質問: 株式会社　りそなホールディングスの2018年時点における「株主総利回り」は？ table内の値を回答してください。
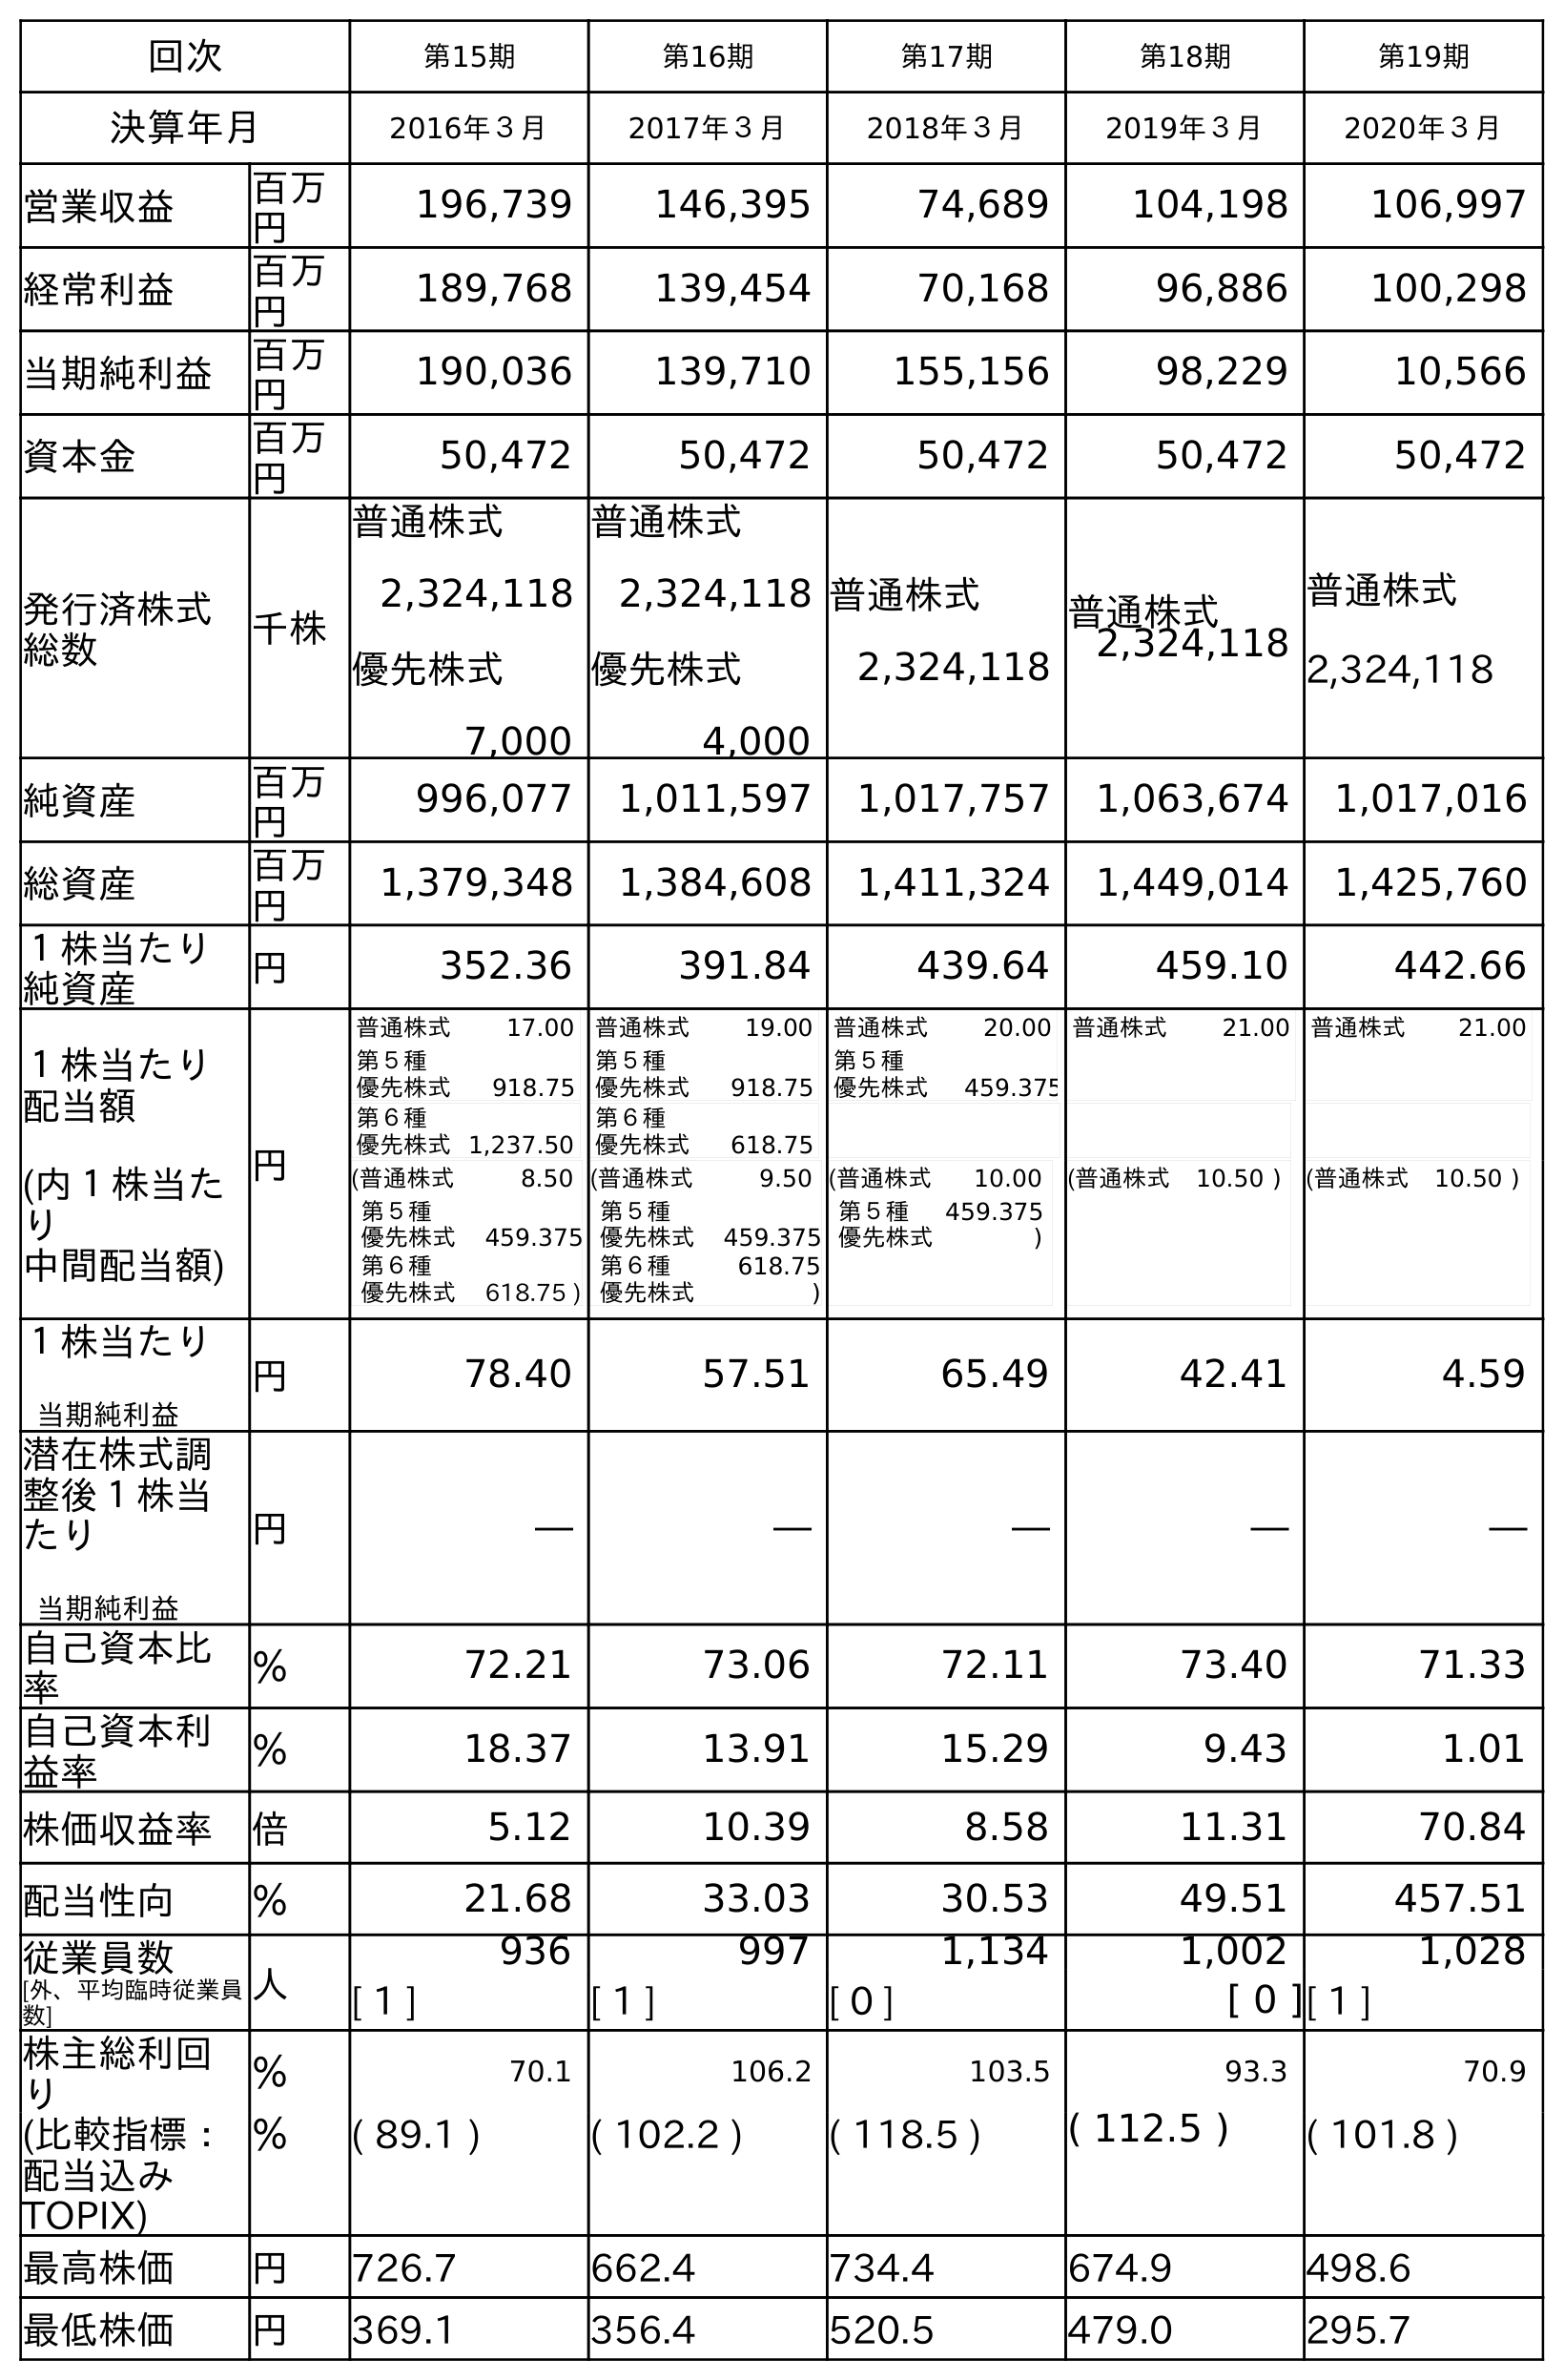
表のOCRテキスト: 回次 第15期 第16期 第17期 第18期 第19期 決算年月 2016年３月 2017年３月 2018年３月 2019年３月 2020年３月 営業収益 百万 円 196,739 146,395 74,689 104,198 106,997 経常利益 百万 円 189,768 139,454 70,168 96,886 100,298 当期純利益 百万 円 190,036 139,710 155,156 98,229 10,566 資本金 百万 円 50,472 50,472 50,472 50,472 50,472 発行済株式 総数 千株 普通株式 2,324,118 優先株式 7,000 普通株式 2,324,118 優先株式 4,000 普通株式 2,324,118 普通株式 2,324,118 普通株式 2,324,118 純資産 百万 円 996,077 1,011,597 1,017,757 1,063,674 1,017,016 総資産 百万 円 1,379,348 1,384,608 1,411,324 1,449,014 1,425,760 １株当たり 純資産 円 352.36 391.84 439.64 459.10 442.66 １株当たり 配当額 (内１株当た り 中間配当額) 円 普通株式 17.00 第５種 優先株式 918.75 第６種 優先株式1,237.50 普通株式 19.00 第５種 優先株式 918.75 第６種 優先株式 618.75 普通株式 20.00 第５種 優先株式 459.375 普通株式 21.00 普通株式 21.00 (普通株式 8.50 第５種 優先株式 459.375 第６種 優先株式 618.75 ) (普通株式 9.50 第５種 優先株式 459.375 第６種 優先株式 618.75 ) (普通株式 10.00 第５種 優先株式 459.375 ) (普通株式 10.50 ) (普通株式 10.50 ) １株当たり 当期純利益 円 78.40 57.51 65.49 42.41 4.59 潜在株式調 整後１株当 たり 当期純利益 円 ― ― ― ― ― 自己資本比 率 ％ 72.21 73.06 72.11 73.40 71.33 自己資本利 益率 ％ 18.37 13.91 15.29 9.43 1.01 株価収益率 倍 5.12 10.39 8.58 11.31 70.84 配当性向 ％ 21.68 33.03 30.53 49.51 457.51 従業員数 [外、平均臨時従業員 数] 人 936 997 1,134 1,002 1,028 [ 1 ] [ 1 ] [ 0 ] [ 0 ][ 1 ] 株主総利回 り ％ 70.1 106.2 103.5 93.3 70.9 (比較指標： 配当込み TOPIX) ％ ( 89.1 ) ( 102.2 ) ( 118.5 ) ( 112.5 ) ( 101.8 ) 最高株価 円 726.7 662.4 734.4 674.9 498.6 最低株価 円 369.1 356.4 520.5 479.0 295.7
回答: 103.5